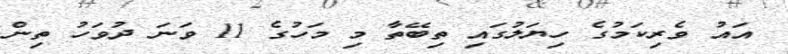
އައު ވެރިކަމުގެ ހިޔަލުގައި ތިބޭތާ މި މަހުގެ 11 ވަނަ ދުވަހު ތިން